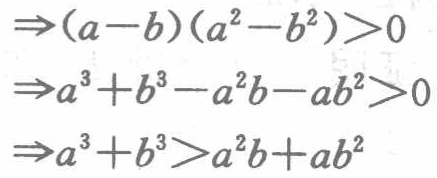
\begin{align*}

&\Rightarrow(a - b)(a^{2}-b^{2})>0\\

&\Rightarrow a^{3}+b^{3}-a^{2}b - ab^{2}>0\\

&\Rightarrow a^{3}+b^{3}>a^{2}b + ab^{2}

\end{align*}